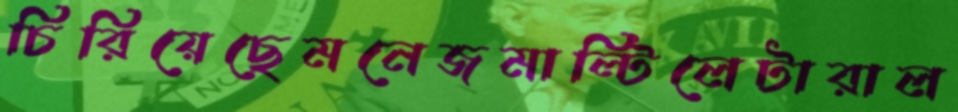
চিরিয়েছেমনেজমাল্টিলেটারাল